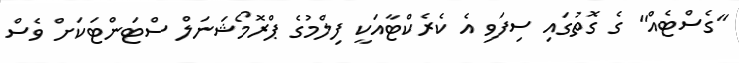
"ގެސްޓެއް" ގެ ގޮތުގައި ސިފަވި އެ ކެރެކްޓާއަކީ ފިލްމުގެ ޕްރޮމޯޝަނަލް ސްޓަންޓަކަށް ވެސް